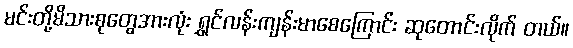
မင်းတို့မိသားစုတွေအားလုံး ရွှင်လန်းကျန်းမာစေကြောင်း ဆုတောင်းလိုက် တယ်။